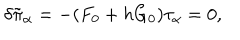
\delta \tilde { \pi } _ { \alpha } = - ( F _ { 0 } + h G _ { 0 } ) \tau _ { \alpha } = 0 ,